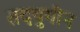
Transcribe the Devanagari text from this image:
तदयुगीन